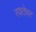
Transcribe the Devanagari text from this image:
रयतेवर